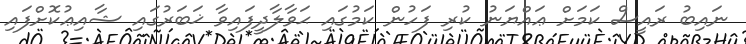
ނައިބު ރައީސް ކަމަށް ޢައްޔަނު ކުރި ފަހުން ކަމުގައި ޙަވާލާދީފައިވާ ޚަބަރުގައި ޝާއިޢުކޮށްފައި